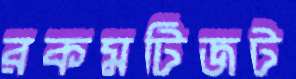
রকমটিজট